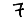
Digit: 7